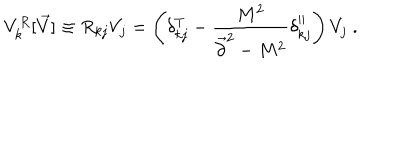
V _ { k } ^ { R } [ \vec { V } ] \equiv R _ { k j } V _ { j } = \left( \delta _ { k j } ^ { T } - { \frac { M ^ { 2 } } { \vec { \partial } ^ { 2 } - M ^ { 2 } } } \delta _ { k j } ^ { | | } \right) V _ { j } ~ .